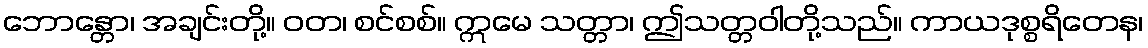
ဘောန္တော၊ အချင်းတို့။ ဝတ၊ စင်စစ်။ ဣမေ သတ္တာ၊ ဤသတ္တဝါတို့သည်။ ကာယဒုစ္စရိတေန၊